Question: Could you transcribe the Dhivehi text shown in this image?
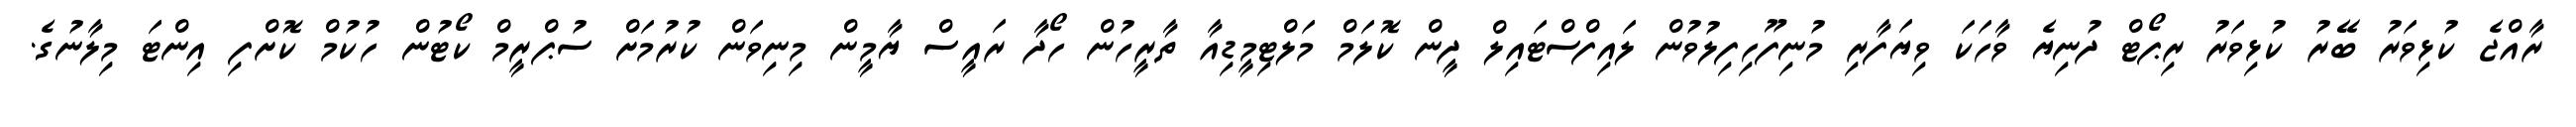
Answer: ރާއްޖެ ކުޅިވަރު ބޭރު ކުޅިވަރު ރިޕޯޓް ދުނިޔެ ވާހަކަ ވިޔަފާރި މުނިފޫހިފިލުވުން ލައިފްސްޓައިލް ދީން ކޮލަމް މަލްޓިމީޑިއާ ތާރީހުން ހޯދާ ރައީސް ޔާމީން މިނިވަން ކުރުމަށް ސުޕްރީމް ކޯޓުން ހުކުމް ކޮށްފި އިންޓަ މިލާނުގެ.